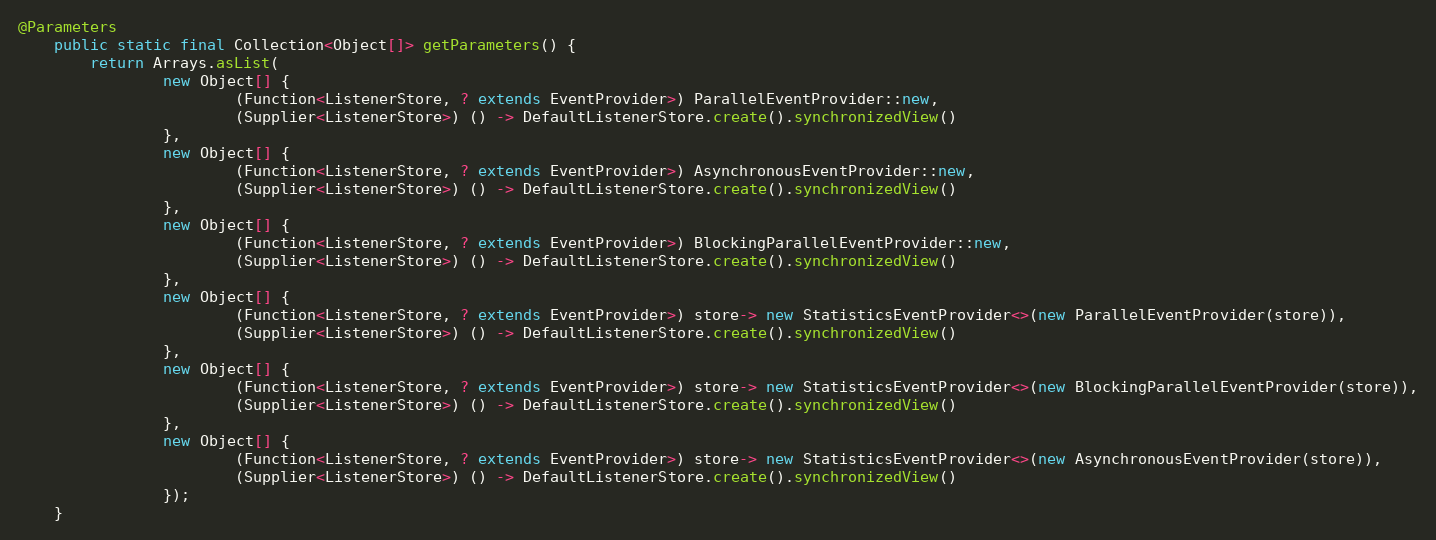
Language: Java
@Parameters
    public static final Collection<Object[]> getParameters() {
        return Arrays.asList(
                new Object[] {
                        (Function<ListenerStore, ? extends EventProvider>) ParallelEventProvider::new,
                        (Supplier<ListenerStore>) () -> DefaultListenerStore.create().synchronizedView()
                },
                new Object[] {
                        (Function<ListenerStore, ? extends EventProvider>) AsynchronousEventProvider::new,
                        (Supplier<ListenerStore>) () -> DefaultListenerStore.create().synchronizedView()
                },
                new Object[] {
                        (Function<ListenerStore, ? extends EventProvider>) BlockingParallelEventProvider::new,
                        (Supplier<ListenerStore>) () -> DefaultListenerStore.create().synchronizedView()
                },
                new Object[] {
                        (Function<ListenerStore, ? extends EventProvider>) store-> new StatisticsEventProvider<>(new ParallelEventProvider(store)),
                        (Supplier<ListenerStore>) () -> DefaultListenerStore.create().synchronizedView()
                },
                new Object[] {
                        (Function<ListenerStore, ? extends EventProvider>) store-> new StatisticsEventProvider<>(new BlockingParallelEventProvider(store)),
                        (Supplier<ListenerStore>) () -> DefaultListenerStore.create().synchronizedView()
                },
                new Object[] {
                        (Function<ListenerStore, ? extends EventProvider>) store-> new StatisticsEventProvider<>(new AsynchronousEventProvider(store)),
                        (Supplier<ListenerStore>) () -> DefaultListenerStore.create().synchronizedView()
                });
    }